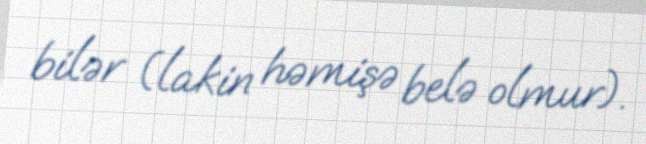
bilər (lakin həmişə belə olmur).